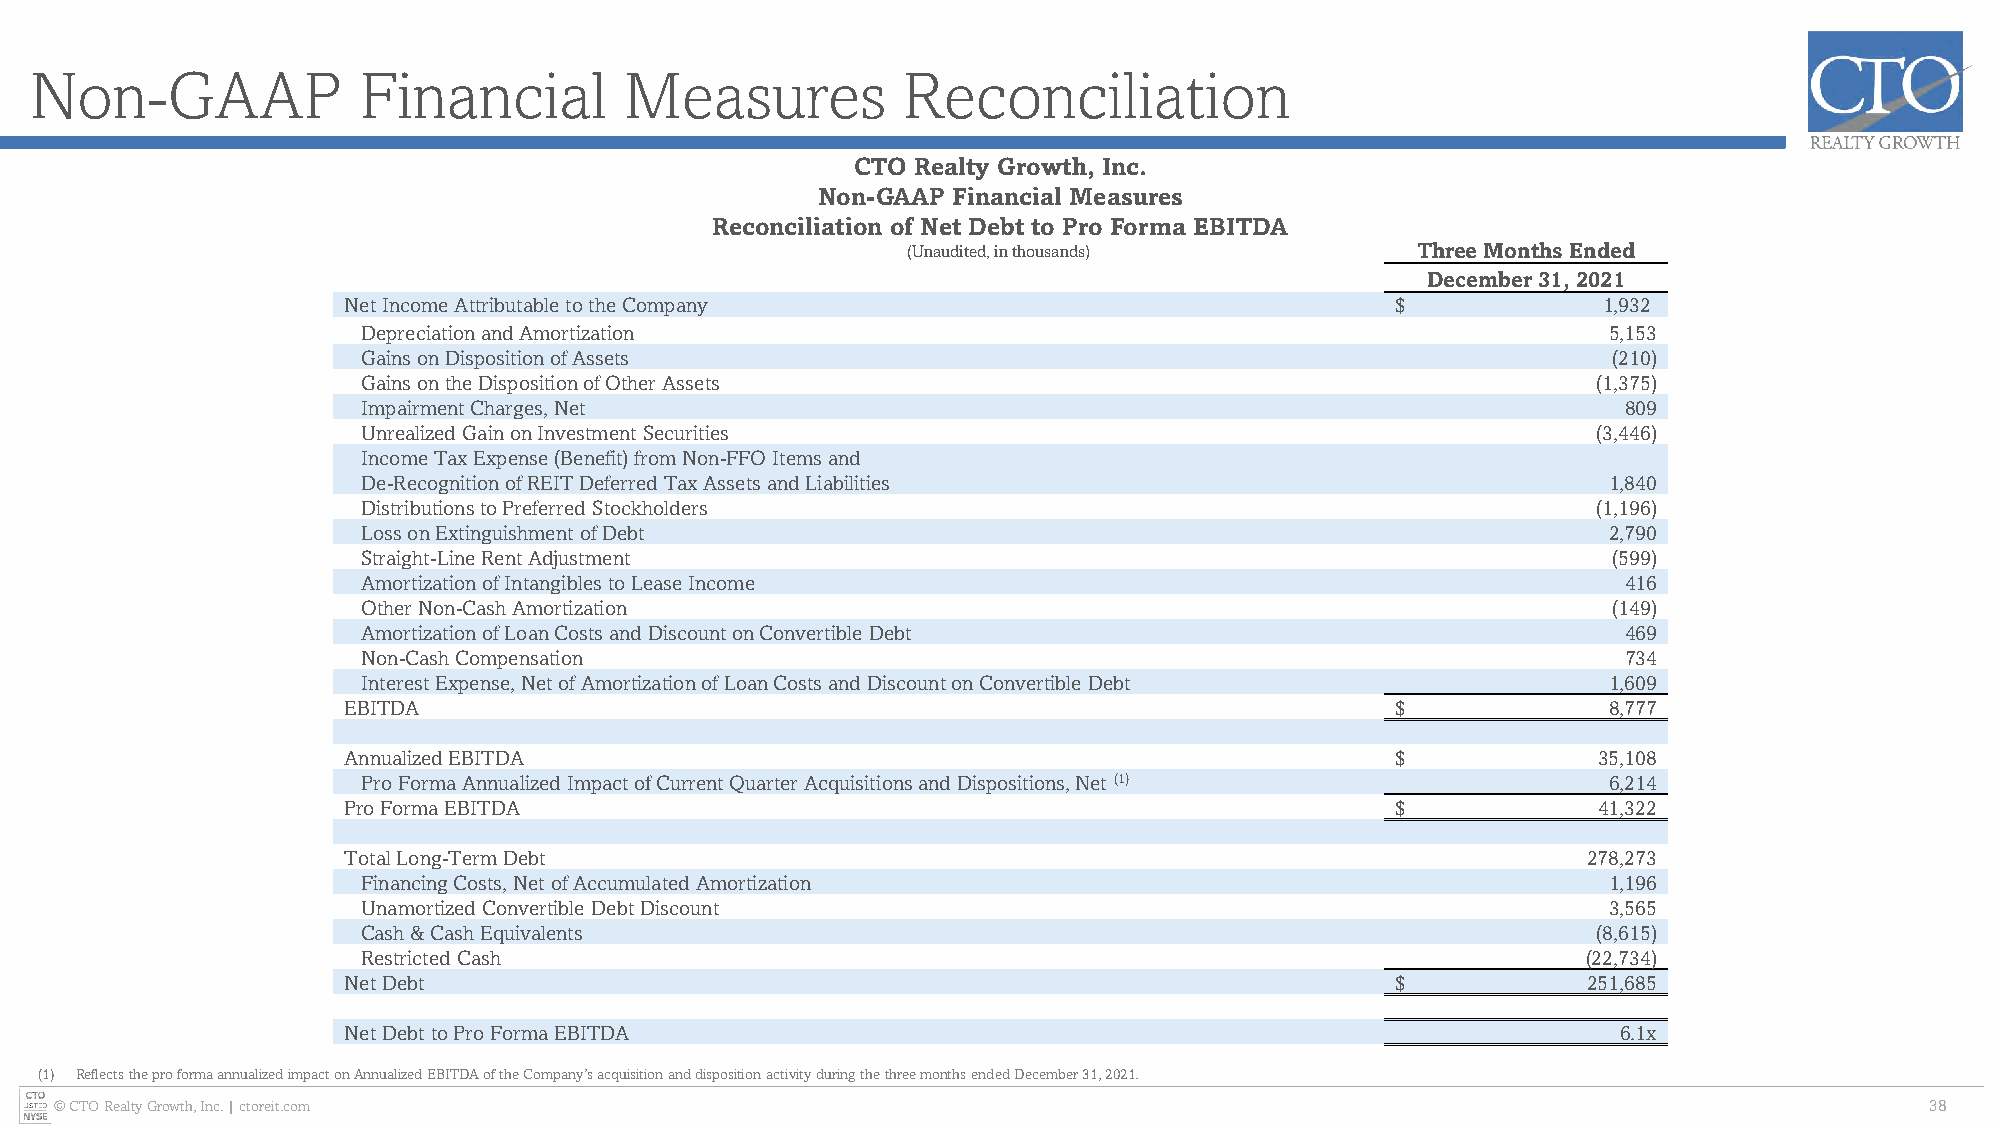
Non-GAAP              Financial        Measures           Reconciliation
 CTO Realty Growth, Inc.
 Non-GAAP Financial Measures
 Reconciliation of Net Debt to Pro Forma EBITDA
 (Unaudited, in thousands)         Three Months Ended
 December 31, 2021
 Net Income Attributable to the Company                               $             1,932
 Depreciation and Amortization                                                     5,153
 Gains on Disposition of Assets                                                     (210)
 Gains on the Disposition of Other Assets                                          (1,375)
 Impairment Charges, Net                                                             809
 Unrealized Gain on Investment Securities                                          (3,446)
 Income Tax Expense (Benefit) from Non-FFO Items and
 De-Recognition of REIT Deferred Tax Assets and Liabilities                        1,840
 Distributions to Preferred Stockholders                                           (1,196)
 Loss on Extinguishment of Debt                                                    2,790
 Straight-Line Rent Adjustment                                                      (599)
 Amortization of Intangibles to Lease Income                                         416
 Other Non-Cash Amortization                                                        (149)
 Amortization of Loan Costs and Discount on Convertible Debt                         469
 Non-Cash Compensation                                                               734
 Interest Expense, Net of Amortization of Loan Costs and Discount on Convertible Debt 1,609
 EBITDA                                                               $             8,777
 Annualized EBITDA                                                    $             35,108
 Pro Forma Annualized Impact of Current Quarter Acquisitions and Dispositions, Net (1) 6,214
 Pro Forma EBITDA                                                     $             41,322
 Total Long-Term Debt                                                              278,273
 Financing Costs, Net of Accumulated Amortization                                  1,196
 Unamortized Convertible Debt Discount                                             3,565
 Cash & Cash Equivalents                                                           (8,615)
 Restricted Cash                                                                  (22,734)
 Net Debt                                                             $            251,685
 Net Debt to Pro Forma EBITDA                                                        6.1x
 (1) Reflects the pro forma annualized impact on Annualized EBITDA of the Company’s acquisition and disposition activity during the three months ended December 31, 2021.
 © CTO Realty Growth, Inc. | ctoreit.com                                                                                     38